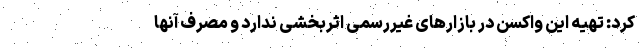
کرد: تهیه این واکسن در بازارهای غیررسمی اثربخشی ندارد و مصرف آنها